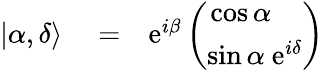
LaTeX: \begin{array}{rlr}{|\alpha,\delta\rangle}&{{}=}&{\mathrm{e}^{i\beta}\left(\begin{array}{c}{\cos\alpha\ \ \ \ }\\ {\sin\alpha\ \mathrm{e}^{i\delta}}\end{array}\right)}\end{array}